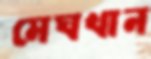
মেঘখান